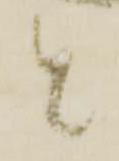
と